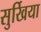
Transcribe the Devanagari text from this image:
सुर्खिया